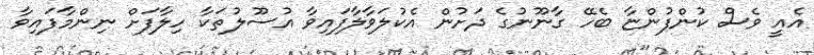
އެއީ ވެސް ކުންފުންޏާ ބެހޭ ގާނޫނުގެ ދަށުން އެކުލަވާލާފައިވާ އުސޫލުތަކާ ހިލާފަށް ނިންމާފައިވާ